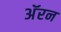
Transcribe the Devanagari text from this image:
अॅरन